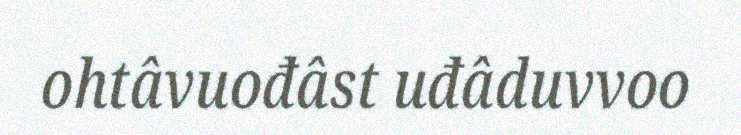
ohtâvuođâst uđâduvvoo